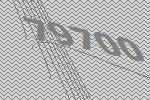
79700